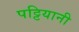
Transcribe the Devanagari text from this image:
पट्टियानी